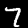
Label: 7